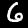
Digit: 6